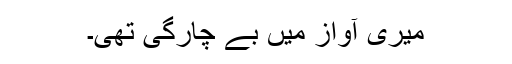
میری آواز میں بے چارگی تھی۔